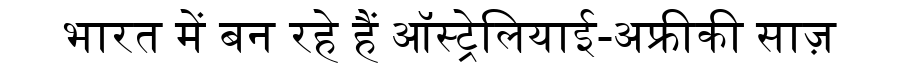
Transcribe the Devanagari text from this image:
भारत में बन रहे हैं ऑस्ट्रेलियाई-अफ्रीकी साज़